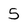
Character: 5